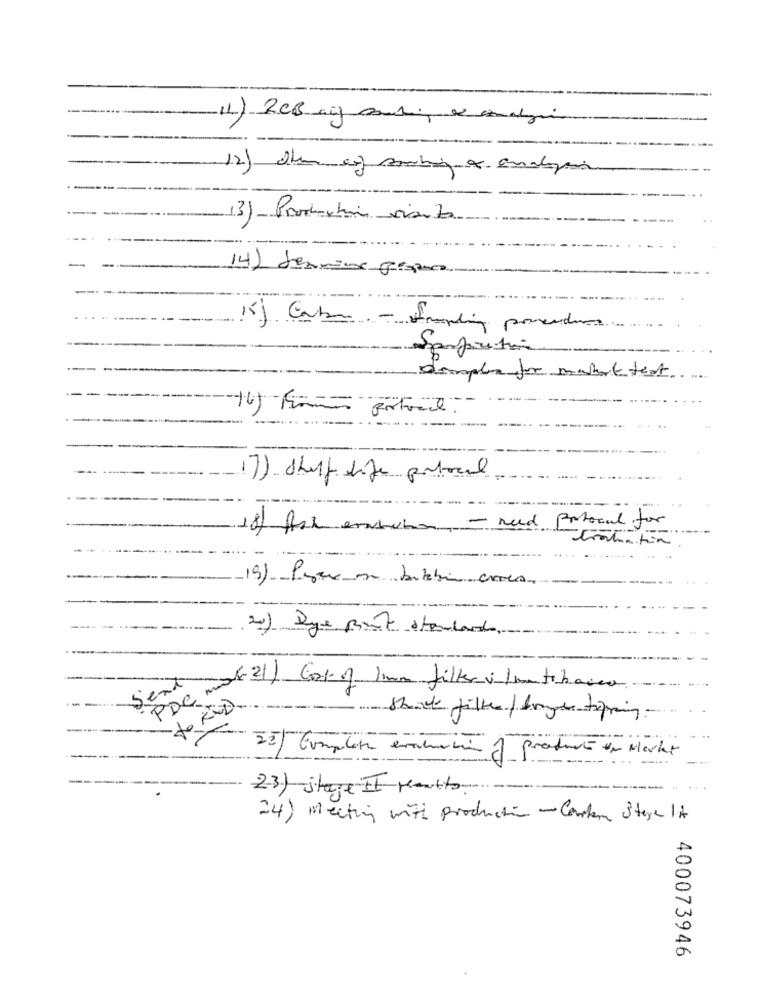
11) RCB of ant, analy
(3) - Production viento
14) denmin forma
15) Gabon- framling porcedures
Sempretion
dimple for mahattest.
16) -Finmo portail.
17) Shelf life portocal
18) Ast ensuite - need fortocal for
Sent
to KOD.
-- 22) Complete entation of producto en Macht
-- -
.. .
2-3) stage II peanuts.
24) Meeting with production -Conten Store It
400073946